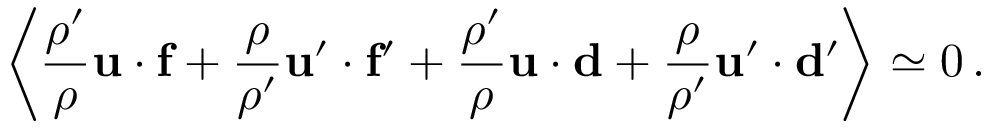
\left\langle { \frac { \rho ^ { \prime } } { \rho } } { \bf u } \cdot { \bf f } + { \frac { \rho } { \rho ^ { \prime } } } { \bf u } ^ { \prime } \cdot { \bf f ^ { \prime } } + { \frac { \rho ^ { \prime } } { \rho } } { \bf u } \cdot { \bf d } + { \frac { \rho } { \rho ^ { \prime } } } { \bf u } ^ { \prime } \cdot { \bf d ^ { \prime } } \right\rangle \simeq 0 \, .